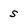
Character: s